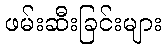
ဖမ်းဆီးခြင်းများ